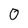
Character: O